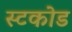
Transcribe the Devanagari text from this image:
स्टकोड